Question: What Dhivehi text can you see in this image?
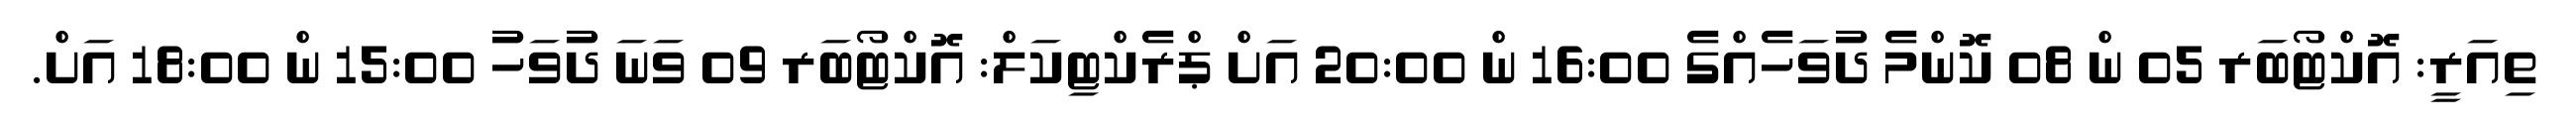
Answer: ތިއަރީ: އޮކްޓޯބަރ 05 ން 08 ކޮންމެ ދުވަހެއްގެ 16:00 ން 20:00 އަށް ޕްރެކްޓިކަލް: އޮކްޓޯބަރ 09 ވަނަ ދުވަހު 15:00 ން 18:00 އަށް.